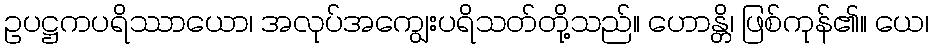
ဥပဋ္ဌကပရိဿာယော၊ အလုပ်အကျွေးပရိသတ်တို့သည်။ ဟောန္တိ၊ ဖြစ်ကုန်၏။ ယေ၊